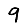
Digit: 9